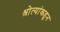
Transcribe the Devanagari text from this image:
श्रोत्यांकडून